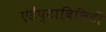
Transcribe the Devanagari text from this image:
ऐडैप्टाबिलिटी